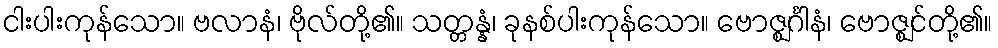
ငါးပါးကုန်သော။ ဗလာနံ၊ ဗိုလ်တို့၏။ သတ္တန္နံ၊ ခုနစ်ပါးကုန်သော။ ဗောဇ္ဈင်္ဂါနံ၊ ဗောဇ္ဈင်တို့၏။